Vaccine operations Central Provinces 1868-1885 - 1868-1885
Year: 1868
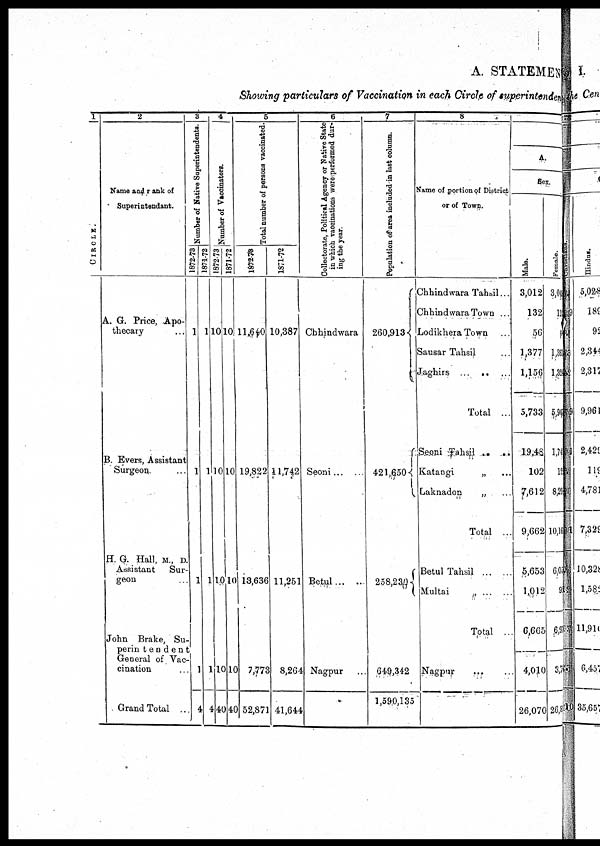
A. STATEMEN
Showing particulars of Vaccination in each Circle of superintenden
1
CIRCLE.
2
Name and rank of
Superintendant.
A. G. Price, Apo-
thecary ...
B. Evers, Assistant
Surgeon,.
H. G. Hall, M., D.
Assistant
Sur-
geon
John Brake, Su¬
perin tendent
General of Vac¬
cination ...
Grand Total ...
3
Number of Native Superintendents.
1872-78
1
1
1
1
4
1871-72
1
1
1
1
4
4
Number of Vaccinators.
1872-73
10
10
10
10
40
1871-72
10
10
10
10
04
5
Total number of persons vaccinated.
1872-73
11,640
19,822
13,636
7,773
52,871
1871-72
10,387
11,742
11,251
8,264
41,644
6
Collectorate, Political Ageney or Native State
in which vaccinations were performed dur-
ing the year.
Chhindwara
Seoni....
Betul... ....
Nagpur ..
7
Population
of area included in last column.
260,913
421,650
258,230
649,342
1,590,135
8
Name of portion of District
or of Town.
Chhindwara Tahsil...
Chhindwara Town ...
Lodikhera Town ...
Sausar Tahsil ...
Jaghirs ... ... ...
Total ...
Seoni Tahsil „ ...
Katangi
„ ...
Laknadon
„ ...
Total ...
Betul Tahsil ... ...
Multai
„ ... ...
Total ..
Nagpur ... ...
5
A.
Sex.
Male.
3,012
132
56
1,377
1,156
5,733
19,48
102
7,612
9,662
5,653
1,012
6,665
4,010
26,070
Female.
3,02
12
4
1,35
l,32
5,96
1,74
12
8,29
10,16
6,03
92
6,97
3,7
26,8